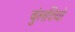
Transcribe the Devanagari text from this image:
बुंलदियो